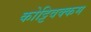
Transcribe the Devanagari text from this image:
कोट्टिवक्कम